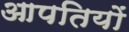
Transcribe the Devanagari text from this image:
आपतियों